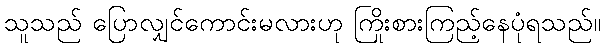
သူသည် ပြောလျှင်ကောင်းမလားဟု ကြိုးစားကြည့်နေပုံရသည်။